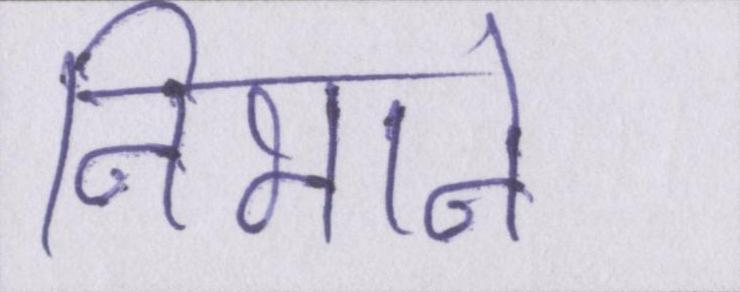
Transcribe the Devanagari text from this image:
निभाने